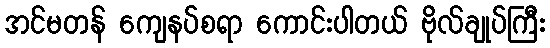
အင်မတန် ကျေနပ်စရာ ကောင်းပါတယ် ဗိုလ်ချုပ်ကြီး